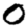
Digit: 0